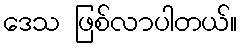
ဒေသ ဖြစ်လာပါတယ်။